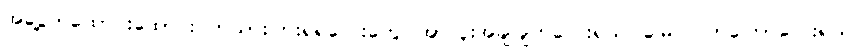
အငွေ့တထောင်းထောင်းဝက်သားပြားရဲရဲလေးတွေ၊ အာလူးအချိုချက်လေးရယ်၊ မြေပဲပြုတ်ကြော်လေးရယ်၊